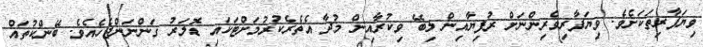
ވިޔަފާރިތަކަށެވެ. ވިޔަފާރިވެރިންނަށް ރުފިޔާއިން ލިބޭ ވިކުރާއިން މުދާ އެތެރެކުރުމަށްޓަކައި ޑޮލަރު ގަންނަންޖެހެއެވެ. ބޭންކުތައް